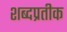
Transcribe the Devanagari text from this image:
शब्दप्रतीक